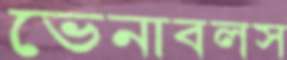
ভেনাবলস